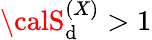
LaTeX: {\calS}_{\mathrm{d}}^{(X)}>1